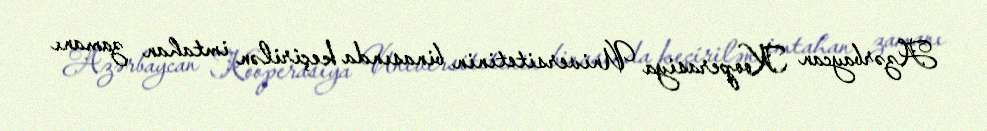
Azərbaycan Kooperasiya Universitetinin binasında keçirilən imtahan zamanı